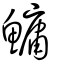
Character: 鱅